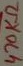
Text: 470KΩ